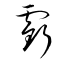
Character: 虧